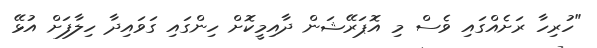
"ހުރިހާ ރަށެއްގައި ވެސް މި އޮޕަރޭޝަން ދާއިމީކޮށް ހިންގައި ގަވައިދާ ހިލާފަށް އުޅޭ